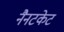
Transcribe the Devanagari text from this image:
नैनटकेट